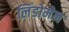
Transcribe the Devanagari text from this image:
लिंडोमेन